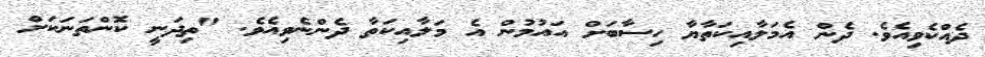
ދެއްކެވިއެވެ. ދެން އެމަލާއިކަތާޔާ ހިސާބަށް އައުމުން އެ މަލާއިކަތާ ދެންނެވިއެވެ. "ތިދަނީ ކޮންތަނަކަށް